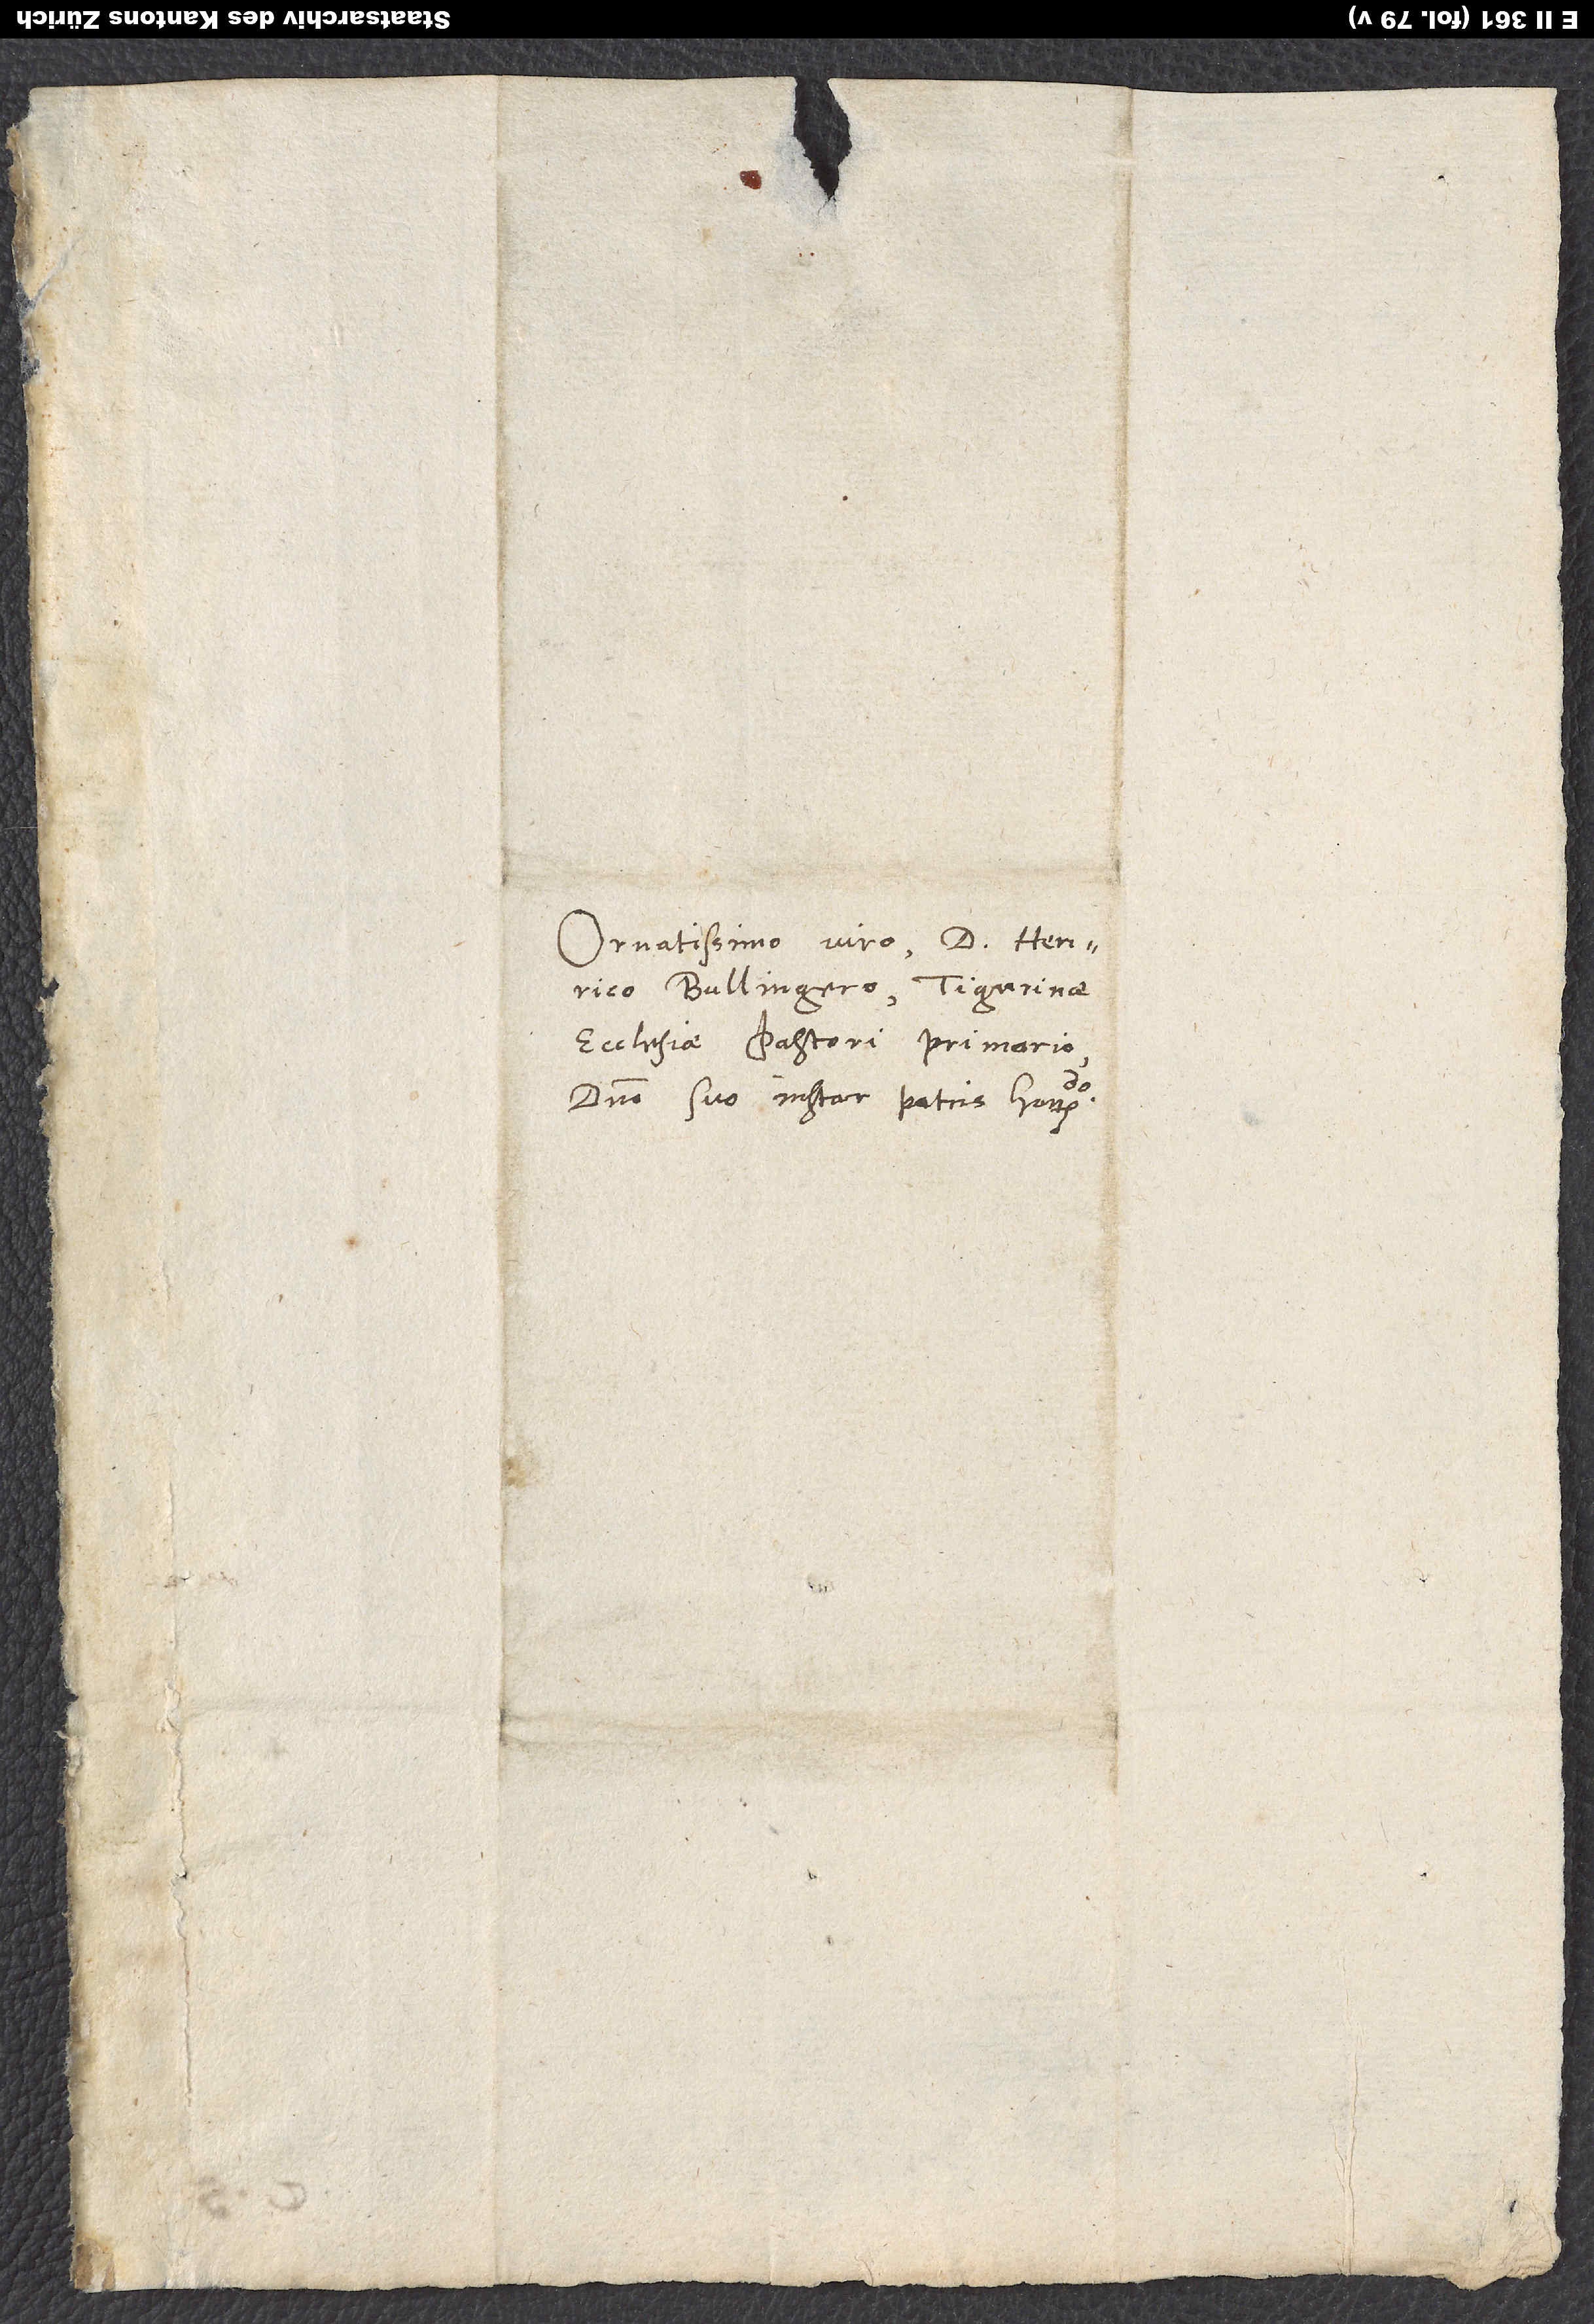
Ornatissimo viro d. Henrico
Bullingero, Tigurinae
ecclesiae pastori primario,
domino suo instar patris honorando.